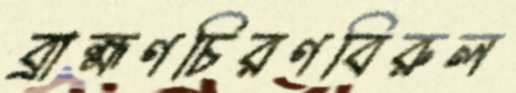
ব্রাহ্মণচিরণবিরুল